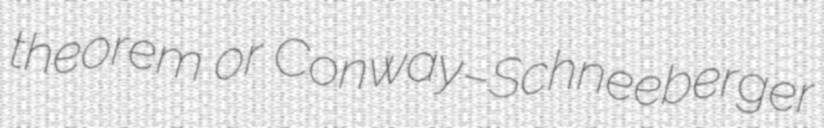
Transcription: theorem or Conway–Schneeberger